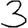
Digit: 3